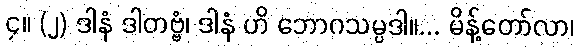
၄။ (၂) ဒါနံ ဒါတဗ္ဗံ၊ ဒါနံ ဟိ ဘောဂသမ္ပဒါ။... မိန့်တော်လာ၊